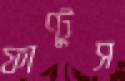
ফাণ্টুস